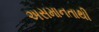
અસમાનતાથી